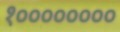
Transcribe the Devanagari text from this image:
१००००००००